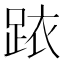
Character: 𲃠